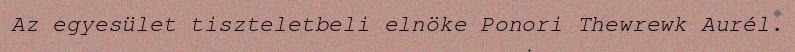
Az egyesület tiszteletbeli elnöke Ponori Thewrewk Aurél.